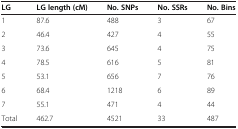
| LG | LG length (cM) | No. SNPs | No. SSRs | No. Bins |
 | --- | --- | --- | --- | --- |
 | 1 | 87.6 | 488 | 3 | 67 |
 | 2 | 46.4 | 427 | 4 | 55 |
 | 3 | 73.6 | 645 | 4 | 75 |
 | 4 | 78.5 | 616 | 5 | 81 |
 | 5 | 53.1 | 656 | 7 | 76 |
 | 6 | 68.4 | 1218 | 6 | 89 |
 | 7 | 55.1 | 471 | 4 | 44 |
 | Total | 462.7 | 4521 | 33 | 487 |